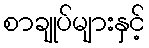
စာချုပ်များနှင့်